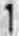
1